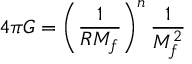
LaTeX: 4 \pi G = \left( \frac { 1 } { R M _ { f } } \right) ^ { n } \frac { 1 } { M _ { f } ^ { 2 } }